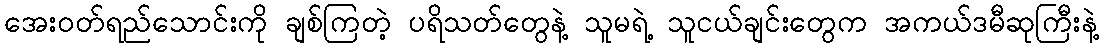
အေးဝတ်ရည်သောင်းကို ချစ်ကြတဲ့ ပရိသတ်တွေနဲ့ သူမရဲ့ သူငယ်ချင်းတွေက အကယ်ဒမီဆုကြီးနဲ့